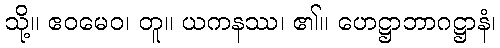
သို့။ ဧဝမေဝ၊ တူ။ ယကနဿ၊ ၏။ ဟေဋ္ဌာဘာဂဋ္ဌာနံ၊